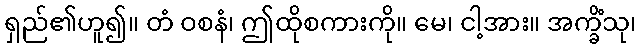
ရှည်၏ဟူ၍။ တံ ဝစနံ၊ ဤထိုစကားကို။ မေ၊ ငါ့အား။ အက္ခိံသု၊